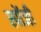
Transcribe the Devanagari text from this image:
स्पोंजी